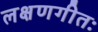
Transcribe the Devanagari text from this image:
लक्षणगीतः